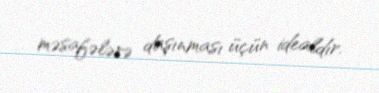
məsafələrə daşınması üçün idealdır.